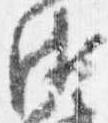
衛